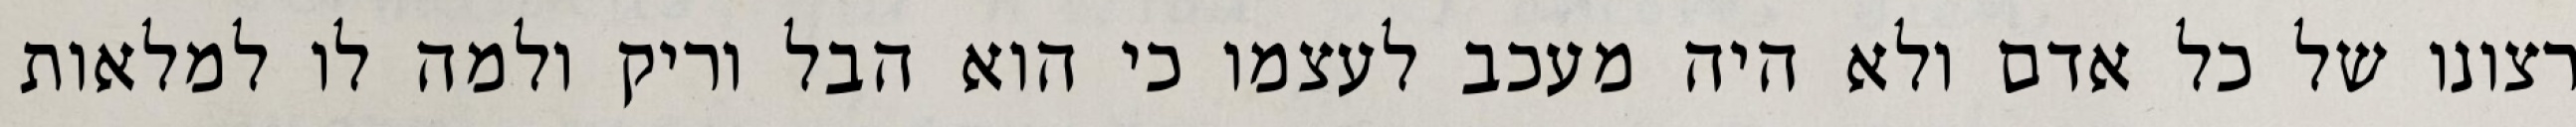
רצונו של כל אדם ולא היה מעכב לעצמו כי הוא הבל וריק ולמה לו למלאות